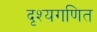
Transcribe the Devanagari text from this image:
दृश्यगणित